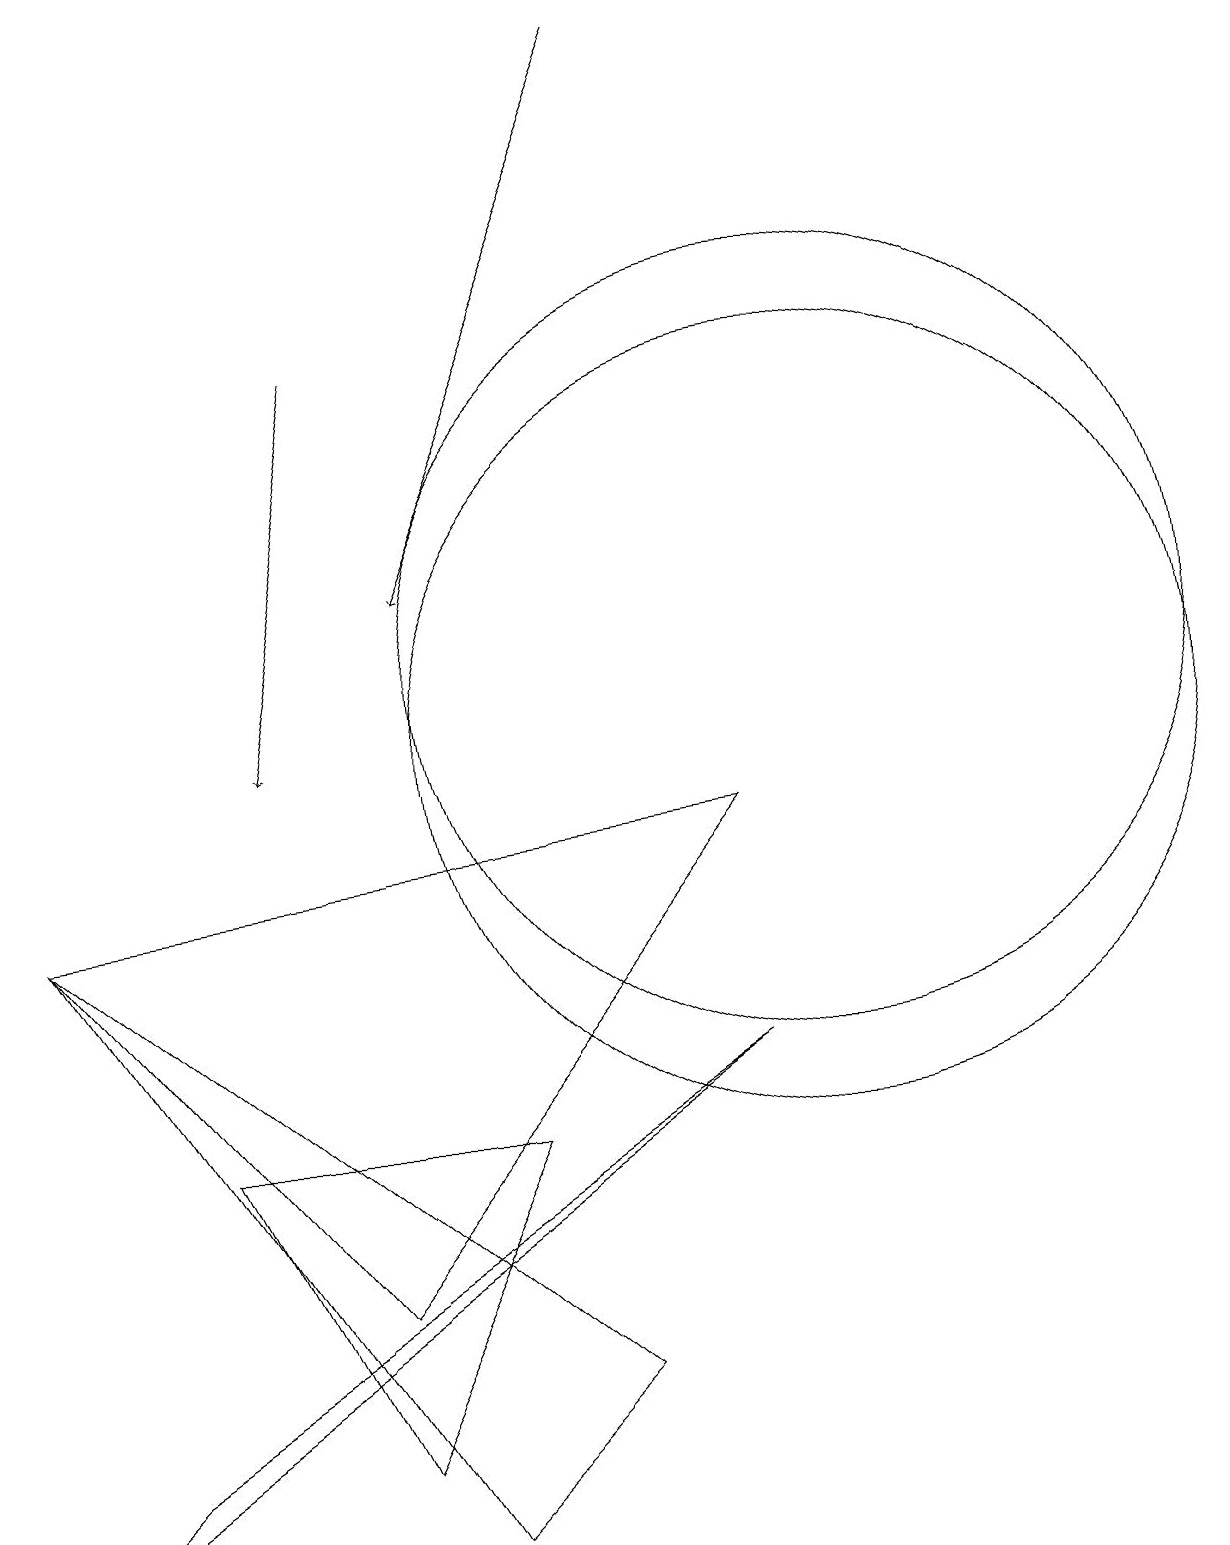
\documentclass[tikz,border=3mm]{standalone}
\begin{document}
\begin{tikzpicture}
\draw (10,11) circle (5);
\draw (0,8) -- (5,0) -- (7,2) -- cycle;
\draw (0,8) -- (4,3) -- (9,9) -- cycle;
\draw[->] (8,19) -- (5,12);
\draw (10,10) circle (5);
\draw[->] (4,15) -- (3,10);
\draw (6,5) -- (4,1) -- (2,5) -- cycle;
\draw (9,6) -- (1,1) -- (0,0) -- cycle;
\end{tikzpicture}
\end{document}